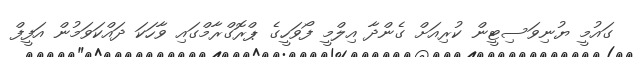
ގައުމީ ޔުނިވަސިޓީން ކުރިއަށް ގެންދާ އިލްމީ ފޯވަހީގެ ޕްރޮގްރާމްގައި ވާހަކަ ދައްކަވަމުން އަފީފް